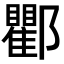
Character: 𨟠